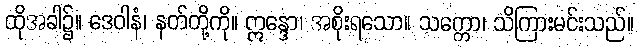
ထိုအခါ၌။ ဒေဝါနံ၊ နတ်တို့ကို။ ဣန္ဒော၊ အစိုးရသော။ သက္ကော၊ သိကြားမင်းသည်။